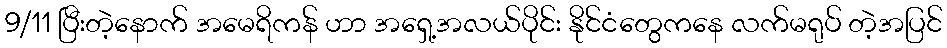
9/11 ပြီးတဲ့နောက် အမေရိကန် ဟာ အရှေ့အလယ်ပိုင်း နိုင်ငံတွေကနေ လက်မရုပ် တဲ့အပြင်